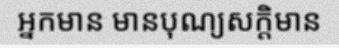
អ្នកមាន មានបុណ្យសក្តិមាន